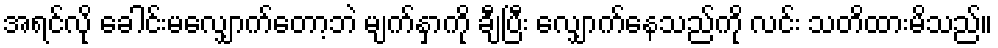
အရင်လို ခေါင်းမလျှောက်တော့ဘဲ မျက်နှာကို ချီပြီး လျှောက်နေသည်ကို လင်း သတိထားမိသည်။